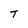
Character: T